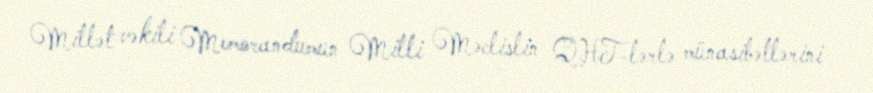
Millət vəkili Memorandumun Milli Məclislin QHT-lərlə münasibətlərini